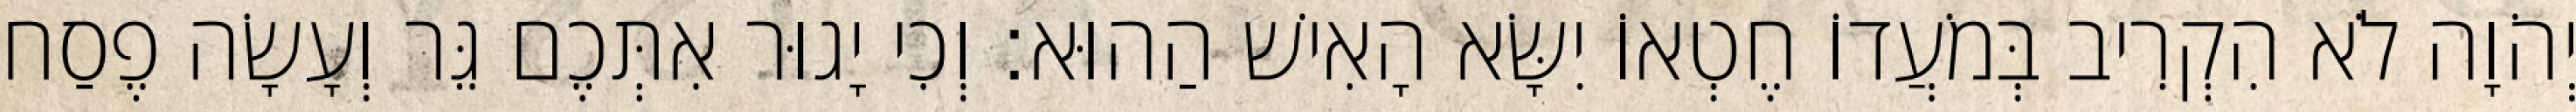
יְהֹוָה לֹא הִקְרִיב בְּמֹעֲדוֹ חֶטְאוֹ יִשָּׂא הָאִישׁ הַהוּא׃ וְכִי יָגוּר אִתְּכֶם גֵּר וְעָשָׂה פֶסַח